Indian journal of veterinary science and animal husbandry - Volumes 22-23, 1952-1953
Year: 1952
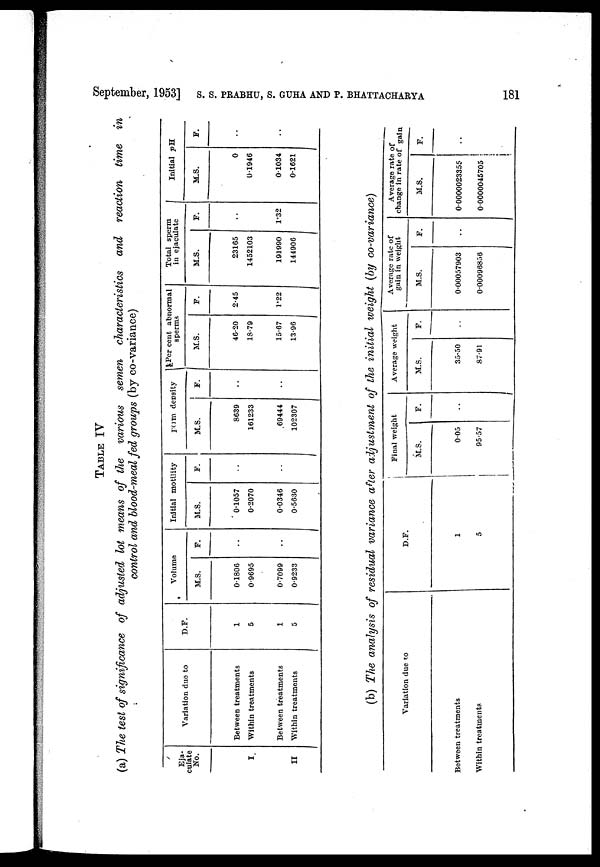
September, 1953] S. S. PRABHU, S. GUHA AND P. BHATTACHARYA 181
TABLE IV
(a) The test of significance of adjusted lot means of the various
semen characteristics
and reaction time
in
control and blood-meal fed groups (by co-variance)
Eja-
culate
No.
I
II
Variation due to
Between treatments
Within treatments
Between treatments
Within treatments
D.F.
1
5
1
5
Volume
M.S.
0.1806
0.9695
0.7099
0.9233
F.
. .
. .
Initial motility
M.S.
0.1057
0.2070
0.0346
0.5630
F.
. .
. .
perm density
M.S.
8639
161233
.69444
102307
F.
. .
. .
Per cent abnormal
sperms
M.S.
46.20
18.79
15-67
13.96
F.
2.45
1.22
Total sperm
in ejaculate
M.S.
23165
1452103
191990
144906
F.
. .
1.32
Initial pH
M.S.
0
0.1946
0.1034
0.1621
F.
. .
. .
(b) The analysis of residual variance after adjustment of the initial weight (by co-variance)
Variation due to
Between treatments
Within treatments
D.F.
1
5
Final weight
M.S.
0.05
95.57
F.
. .
Average weight
M.S.
35.50
87.91
F.
. .
Average rate of
gain in weight
M.S.
0.00057903
0.00096856
F.
. .
Average rate of
change in rate of gain
M.S.
0.0000023355
0.0000045705
F.
. .